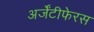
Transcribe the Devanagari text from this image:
अर्जेंटीफेरस